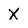
Character: X